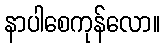
နာပါစေကုန်လော။